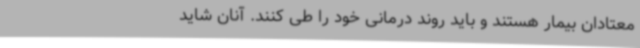
معتادان بیمار هستند و باید روند درمانی خود را طی کنند. آنان شاید